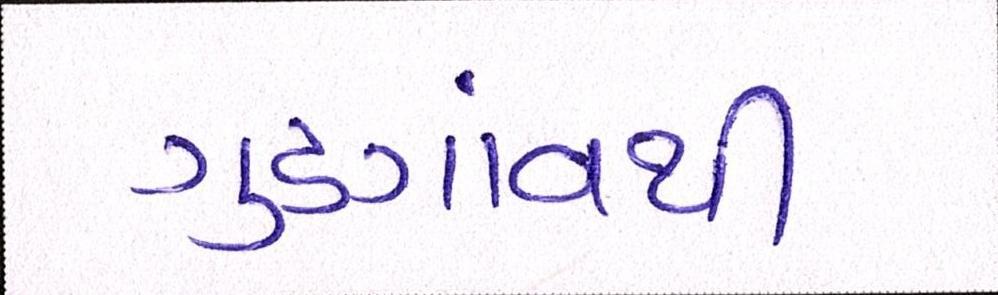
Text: ગુડગાંવથી